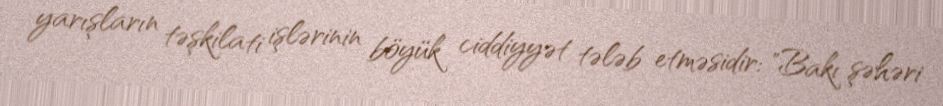
yarışların təşkilati işlərinin böyük ciddiyyət tələb etməsidir: "Bakı şəhəri